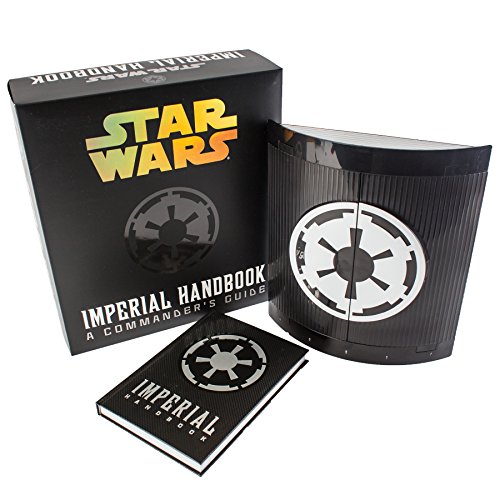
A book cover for Star Wars: Imperial Handbook Deluxe Edition; Daniel Wallace; Science Fiction & Fantasy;